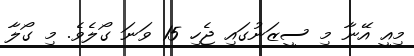
މިއީ އޭނާ މި ސީޒަނުގައި ޖެހި 15 ވަނަ ގޯލެވެ. މި ގޯލާ